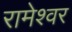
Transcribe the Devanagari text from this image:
रामेश्वर